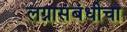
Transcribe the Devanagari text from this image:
लग्नासंबंधीचा